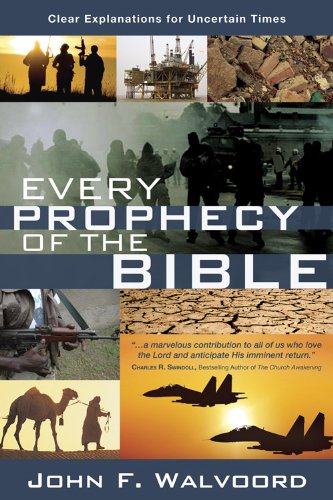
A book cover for Every Prophecy of the Bible: Clear Explanations for Uncertain Times; John F. Walvoord; Christian Books & Bibles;